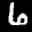
Label: 6